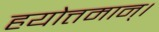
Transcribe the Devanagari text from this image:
हयोत्तमान्।